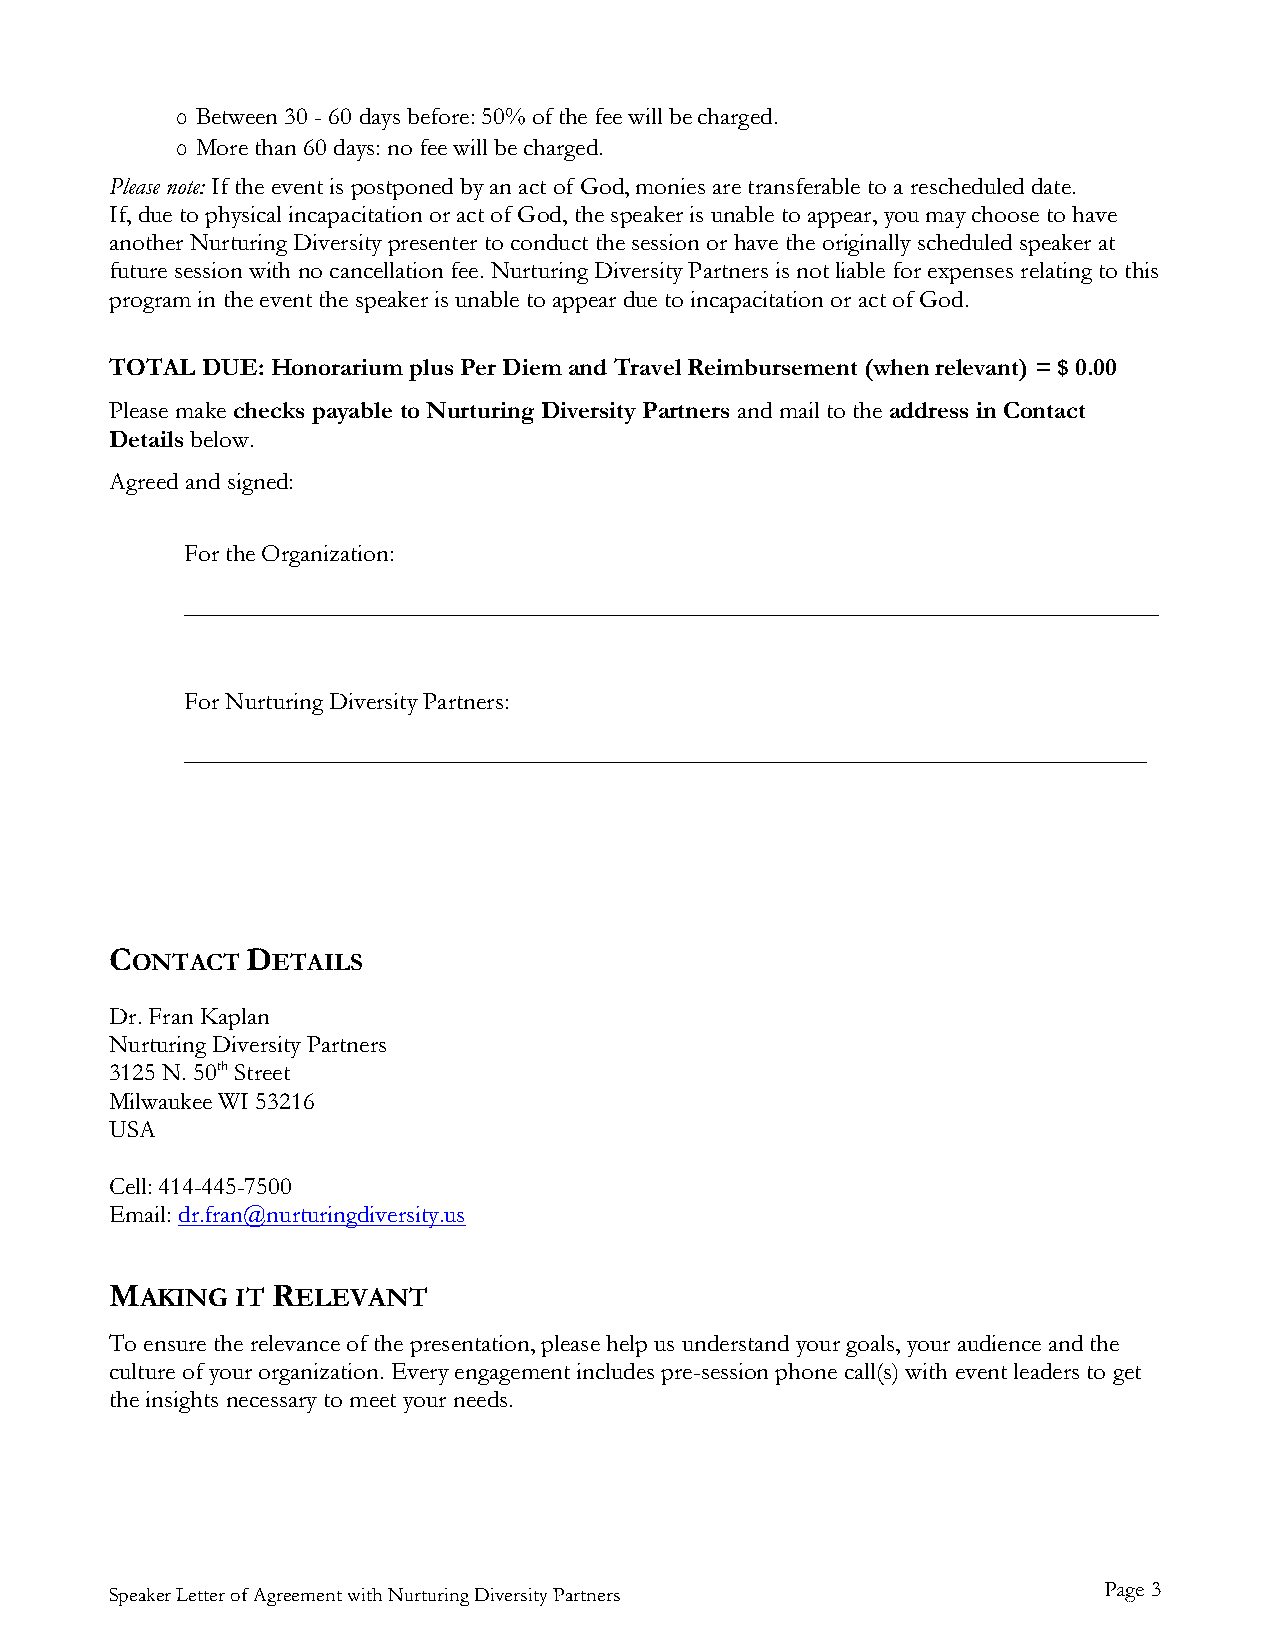
o Between 30 - 60 days before: 50% of the fee will be charged.
 o More than 60 days: no fee will be charged.
 Please note: If the event is postponed by an act of God, monies are transferable to a rescheduled date.
 If, due to physical incapacitation or act of God, the speaker is unable to appear, you may choose to have
 another Nurturing Diversity presenter to conduct the session or have the originally scheduled speaker at
 future session with no cancellation fee. Nurturing Diversity Partners is not liable for expenses relating to this
 program in the event the speaker is unable to appear due to incapacitation or act of God.
 TOTAL DUE: Honorarium plus Per Diem and Travel Reimbursement (when relevant) = $ 0.00
 Please make checks payable to Nurturing Diversity Partners and mail to the address in Contact
 Details below.
 Agreed and signed:
 For the Organization:
 ______________________________________________________________________________
 For Nurturing Diversity Partners:
 _____________________________________________________________________________
 CONTACT  DETAILS
 Dr. Fran Kaplan
 Nurturing Diversity Partners
 3125 N. 50th Street
 Milwaukee WI 53216
 USA
 Cell: 414-445-7500
 Email: dr.fran@nurturingdiversity.us
 MAKING   IT RELEVANT
 To ensure the relevance of the presentation, please help us understand your goals, your audience and the
 culture of your organization. Every engagement includes pre-session phone call(s) with event leaders to get
 the insights necessary to meet your needs.
 Speaker Letter of Agreement with Nurturing Diversity Partners     Page 3